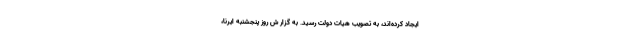
ایجاد کرده‌اند، به تصویب هیات دولت رسید. به گزار ش روز پنجشنبه ایرنا،